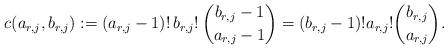
LaTeX: \begin{align*}c(a_{r,j},b_{r,j}):= (a_{r,j}-1)!\,b_{r,j}!\,\binom{b_{r,j}-1}{a_{r,j}-1}=(b_{r,j}-1)!a_{r,j}!\binom{b_{r,j}}{a_{r,j}}.\end{align*}